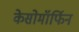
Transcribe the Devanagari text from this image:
केसोमॉर्फिन